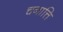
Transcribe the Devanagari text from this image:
चनात्ति